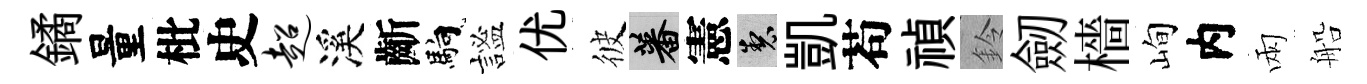
鐍量枇史超溪齗馿謐优彼蕃憲製凱苟禎鈴劒檣峋内兩船